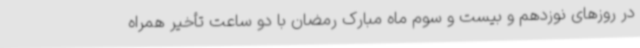
در روزهای نوزدهم و بیست و سوم ماه مبارک رمضان با دو ساعت تأخیر همراه